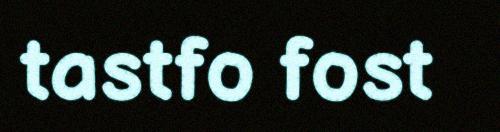
tastfo fost